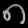
Digit: ၈